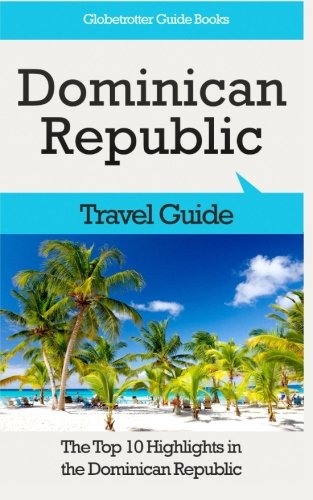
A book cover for Dominican Republic Travel Guide: The Top 10 Highlights in the Dominican Republic (Globetrotter Guide Books); Marc Cook; Travel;